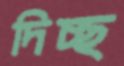
দিচ্ছ